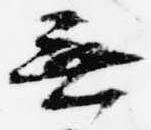
無